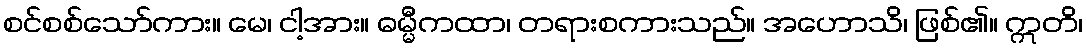
စင်စစ်သော်ကား။ မေ၊ ငါ့အား။ ဓမ္မီကထာ၊ တရားစကားသည်။ အဟောသိ၊ ဖြစ်၏။ ဣတိ၊